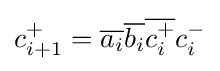
c_{i+1}^{+}={\overline {a_{i}}}{\overline {b_{i}}}{\overline {c_{i}^{+}}}c_{i}^{-}